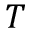
T